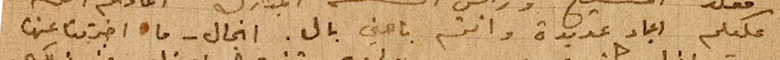
عليكم اعياد عديدة وانتم بأهنى بال. انجال – ما اخبرتنا عنها